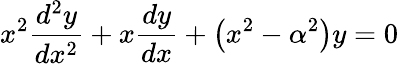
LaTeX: x^{2}{\frac{d^{2}y}{dx^{2}}}+x{\frac{dy}{dx}}+\left(x^{2}-\alpha^{2}\right)y=0